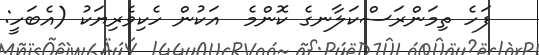
ފަހެ ތިމަންރަސްކަލާނގެ ކޮންމެ  އަކުން ހެކިވެރިޔަކު (އެބަހީ: